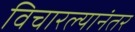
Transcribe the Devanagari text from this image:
विचारल्यानंतर